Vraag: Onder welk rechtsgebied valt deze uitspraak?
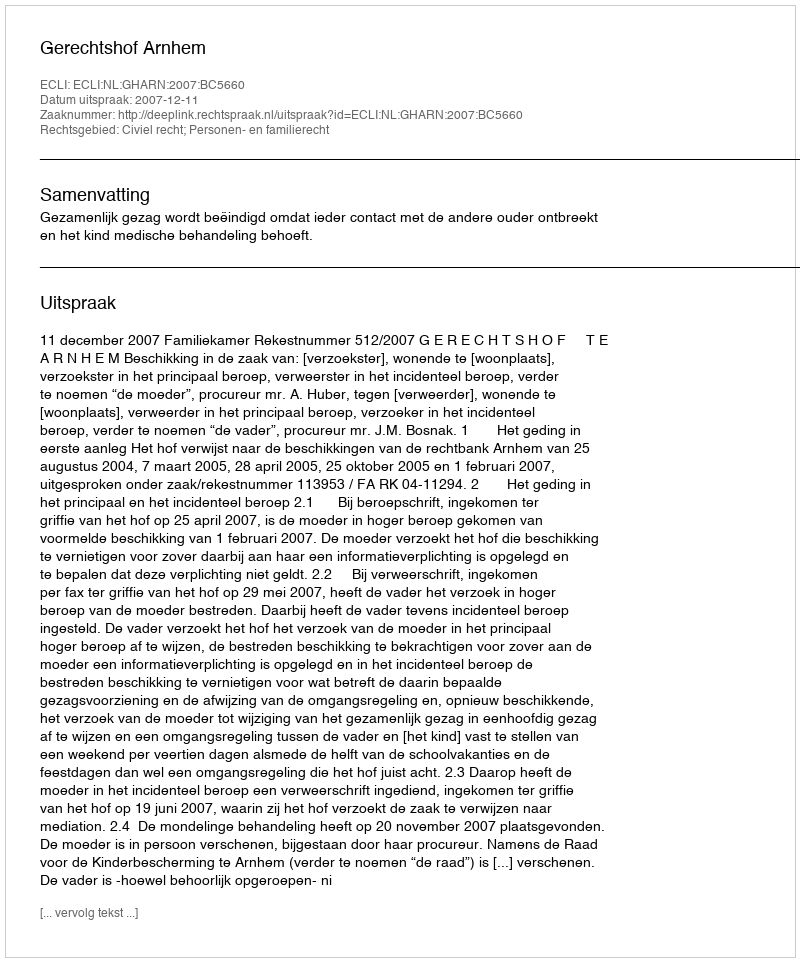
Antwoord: Civiel recht; Personen- en familierecht